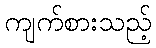
ကျက်စားသည့်